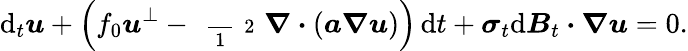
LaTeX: \mathrm{d}_{t}\boldsymbol{u}+\Big(f_{0}\boldsymbol{u}^{\perp}-\mathrm{~\scriptsize~\frac~{~1~}~{~2~}~}\boldsymbol{\nabla}\boldsymbol{\cdot}(\boldsymbol{a}\boldsymbol{\nabla}\boldsymbol{u})\Big)\, \mathrm{d}t+\boldsymbol{\sigma}_{t}\mathrm{d}\boldsymbol{B}_{t}\boldsymbol{\cdot}\boldsymbol{\nabla}\boldsymbol{u}=0.